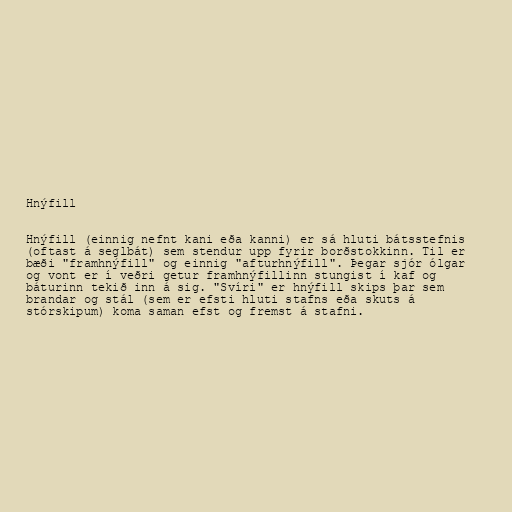
Hnýfill

Hnýfill (einnig nefnt kani eða kanni) er sá hluti bátsstefnis
(oftast á seglbát) sem stendur upp fyrir borðstokkinn. Til er
bæði "framhnýfill" og einnig "afturhnýfill". Þegar sjór ólgar
og vont er í veðri getur framhnýfillinn stungist í kaf og
báturinn tekið inn á sig. "Svíri" er hnýfill skips þar sem
brandar og stál (sem er efsti hluti stafns eða skuts á
stórskipum) koma saman efst og fremst á stafni.